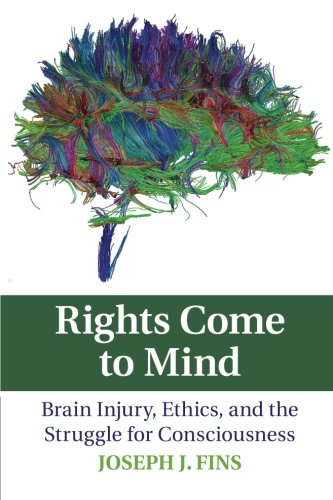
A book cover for Rights Come to Mind: Brain Injury, Ethics, and the Struggle for Consciousness; Joseph J. Fins; Medical Books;